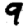
Digit: 9